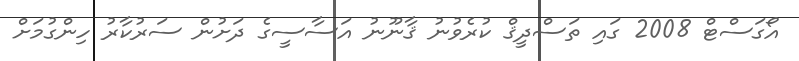
އޯގަސްޓް 2008 ގައި ތަސްދީޤް ކުރެވުނު ޤާނޫނު އަސާސީގެ ދަށުން ސަރުކާރު ހިންގުމަށް